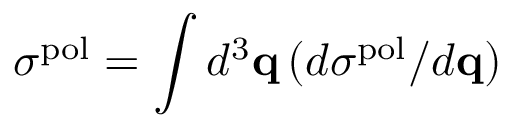
\sigma ^ { \mathrm { p o l } } = \int d ^ { 3 } { \bf q } \, ( d \sigma ^ { \mathrm { p o l } } / d { \bf q } )